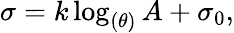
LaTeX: \sigma=k\log_{(\theta)}A+\sigma_{0},